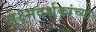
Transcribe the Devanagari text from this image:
सूक्ष्मदर्शकांच्या